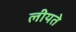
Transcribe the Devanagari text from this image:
लीयते